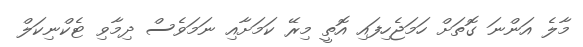
މާލެ އަންނަ ގޮތަށް ހަމަޖެހިފައި އޮތީ މިރޭ ކަމަށާއި ނަމަވެސް ދިމާވި ޓެކްނިކަލް